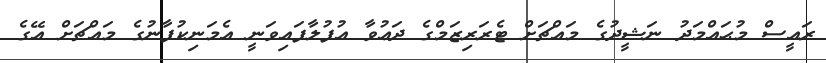
ރައީސް މުޙައްމަދު ނަޝީދުގެ މައްޗަށް ޓެރަރިޒަމްގެ ދަޢުވާ އުފުލާފައިވަނީ އެމަނިކުފާނުގެ މައްޗަށް އޭގެ